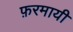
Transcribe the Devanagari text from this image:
फ़रमायी